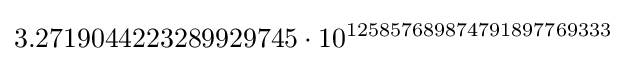
3.2719044223289929745\cdot 10^{125857689874791897769333}